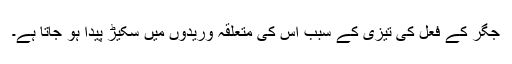
جگر کے فعل کی تیزی کے سبب اس کی متعلقہ وریدوں میں سکیڑ پیدا ہو جاتا ہے۔